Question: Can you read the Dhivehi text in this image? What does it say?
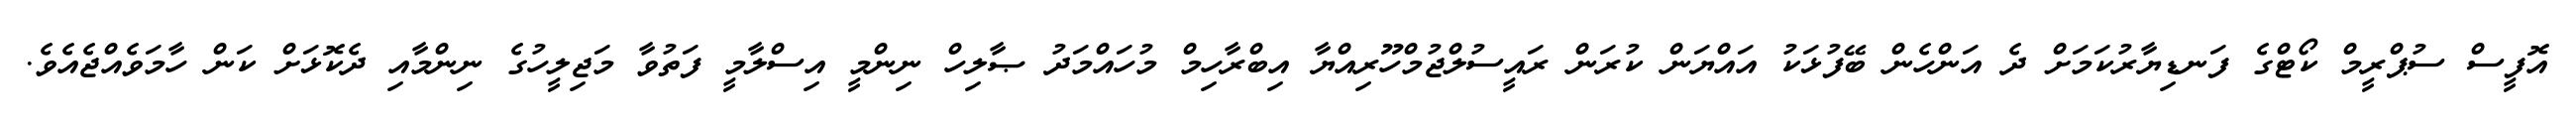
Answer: އޮފީސް ސުޕްރީމް ކޯޓްގެ ފަނޑިޔާރުކަމަށް ދެ އަންހެން ބޭފުޅަކު އައްޔަން ކުރަން ރައީސުލްޖުމްހޫރިއްޔާ އިބްރާހިމް މުހައްމަދު ޞާލިހް ނިންމީ އިސްލާމީ ފަތުވާ މަޖިލީހުގެ ނިންމާއި ދެކޮޅަށް ކަން ހާމަވެއްޖެއެވެ.